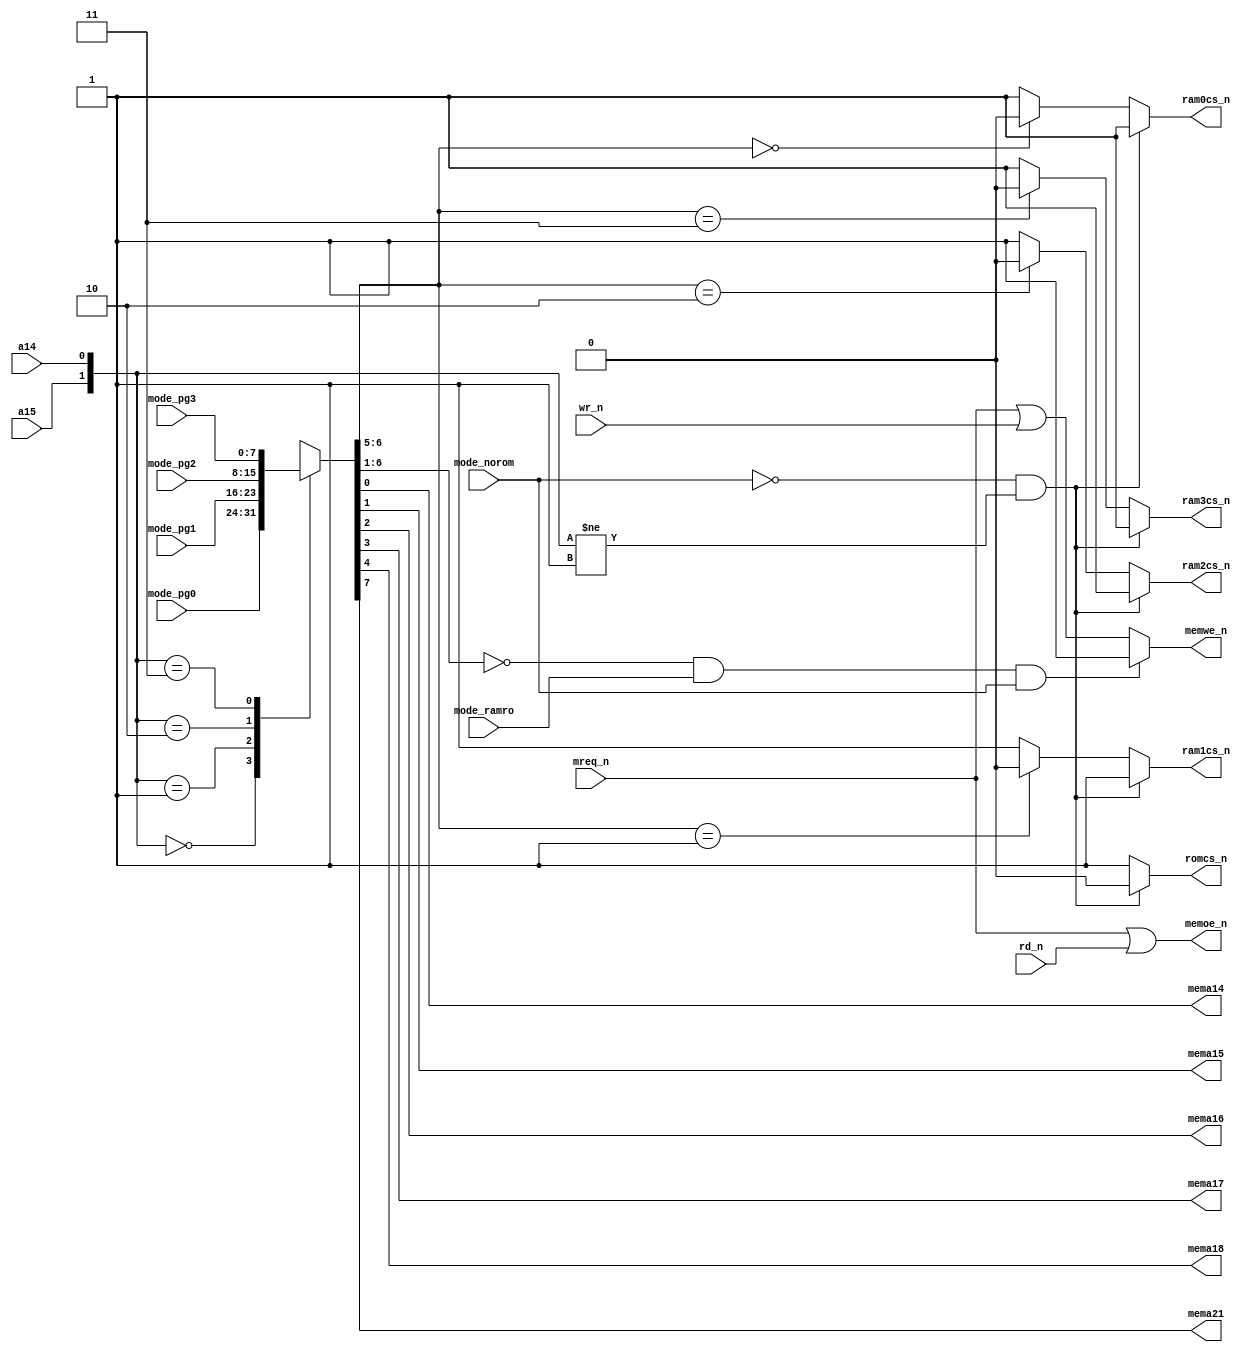
module memmap(
	a15,a14, 
	mreq_n, 
	rd_n,   
	wr_n,   
	mema14,mema15, 
	mema16,mema17, 
	mema18,mema21, 
	ram0cs_n, 
	ram1cs_n, 
	ram2cs_n, 
	ram3cs_n, 
	romcs_n, 
	memoe_n, 
	memwe_n, 
	mode_ramro, 
	mode_norom, 
	mode_pg0,   
	mode_pg1,   
	mode_pg2,   
	mode_pg3    
);
	input a15,a14;
	input mreq_n,rd_n,wr_n;
	output reg mema14, mema15, mema16, mema17, mema18, mema21;
	output reg ram0cs_n,ram1cs_n,ram2cs_n,ram3cs_n;
	output reg romcs_n;
	output reg memoe_n,memwe_n;
	input mode_ramro,mode_norom;
	input [7:0] mode_pg0,mode_pg1,mode_pg2,mode_pg3;
	reg [7:0] high_addr;
	always @*
	begin
        case( {a15,a14} )
			2'b00: 
				high_addr <= mode_pg0;
			2'b01: 
				high_addr <= mode_pg1;
			2'b10: 
				high_addr <= mode_pg2;
			2'b11: 
				high_addr <= mode_pg3;
        endcase
	end
	always @*
	begin
		{ mema21, mema18, mema17, mema16, mema15, mema14 } <= { high_addr[7], high_addr[4:0] };
	end
	always @*
	begin
		if( (mode_norom==1'b0) && ( {a15,a14}!=2'b01 ) ) 
		begin
			romcs_n <= 1'b0;
			ram0cs_n <= 1'b1;
			ram1cs_n <= 1'b1;
			ram2cs_n <= 1'b1;
			ram3cs_n <= 1'b1;
		end
		else 
		begin
			romcs_n <= 1'b1;
			ram0cs_n <= ( high_addr[6:5]==2'b00 ) ? 1'b0 : 1'b1;
			ram1cs_n <= ( high_addr[6:5]==2'b01 ) ? 1'b0 : 1'b1;
			ram2cs_n <= ( high_addr[6:5]==2'b10 ) ? 1'b0 : 1'b1;
			ram3cs_n <= ( high_addr[6:5]==2'b11 ) ? 1'b0 : 1'b1;
		end
	end
	always @*
	begin
		memoe_n <= mreq_n | rd_n;
		if( (high_addr[6:1] == 6'd0) && (mode_ramro==1'b1) && (mode_norom==1'b1) ) 
			memwe_n <= 1'b1;
		else 
			memwe_n <= mreq_n | wr_n;
	end
endmodule